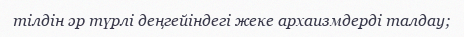
тілдін әр түрлі деңгейіндегі жеке архаизмдерді талдау;